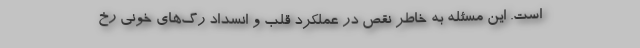
است. این مسئله به خاطر نقص در عملکرد قلب و انسداد رگ‌های خونی رخ